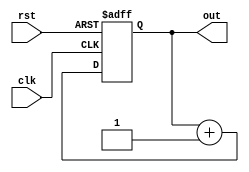
module counter (

    // 1.
    // wire is a wire hehe. What this means is it cannot store value
    // and therefore you cannot write to a wire. You can however connect
    // wires together.
    input wire clk,    // clock signal
    input wire rst,  // reset signal 

    // 2. 
    // This output is coming from a register. You can think of it, in this case, 
    // as 8 flip flops each storing a bit. Thus you can indeed write into registers
    // on every clock cycle.
    output reg [7:0] out     // module's output signal
);

    // 3.
    // Always block gets executed whenever the signals in its "sensitivity" list change
    always @(posedge clk or posedge rst) begin
        // 4.
        // This looks like an if statement from Python ... it is not!
        // Think how would you make an if statement in hardware.
        if (rst) begin
            out <= 0; // reset the counter on reset by writing 0
        end else begin
            out <= out + 1; // write the current value of the counter plus 1 into the counter
        end
    end

endmodule // counter